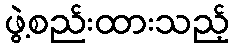
ဖွဲ့စည်းထားသည့်